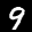
Label: 9